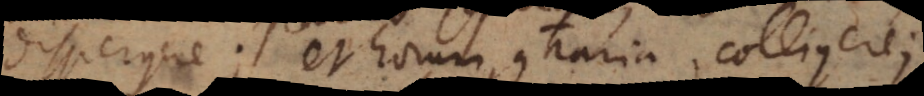
dispergere; et horum contraria, colligere;